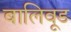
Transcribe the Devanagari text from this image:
बालिवूड